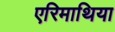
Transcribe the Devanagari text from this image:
एरिमाथिया